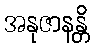
အနုဇာနန္တိ